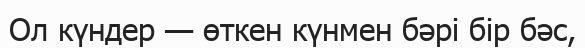
Ол күндер — өткен күнмен бәрі бір бәс,